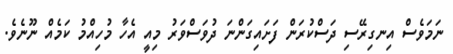
ނަމަވެސް އިނގިރޭސި ދަސްކުރަން ފަށައިގަންނަ ދުވަސްވަރު މިއީ އެހާ މުހިއްމު ކަމެއް ނޫނެވެ.